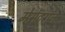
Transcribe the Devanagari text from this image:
मेसेंटरॉन